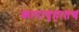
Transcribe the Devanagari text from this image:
कारागृहातच